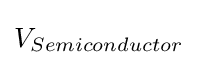
V_{Semiconductor}